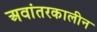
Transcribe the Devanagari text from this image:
अवांतरकालीन